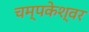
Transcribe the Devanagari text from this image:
चम्पकेश्वर